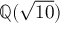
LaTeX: \mathbb { Q } ( { \sqrt { 1 0 } } )